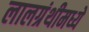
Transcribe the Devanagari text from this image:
लालग्रंथीमध्ये